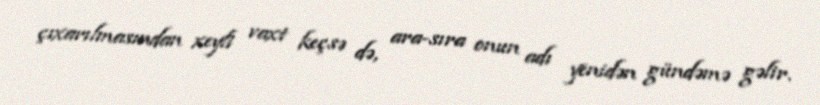
çıxarılmasından xeyli vaxt keçsə də, ara-sıra onun adı yenidən gündəmə gəlir.